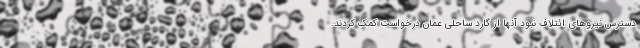
دسترس نیروهای ائتلاف نبود آنها از گارد ساحلی عمان درخواست کمک کردند.